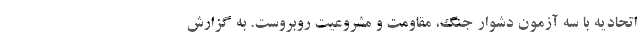
اتحادیه با سه آزمون دشوار جنگ، مقاومت و مشروعیت روبروست. به گزارش